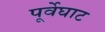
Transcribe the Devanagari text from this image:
पूर्वेघाट